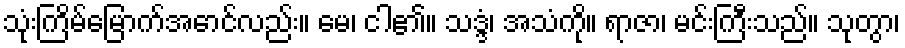
သုံးကြိမ်မြောက်အောင်လည်း။ မေ၊ ငါ၏။ သဒ္ဒံ၊ အသံကို။ ရာဇာ၊ မင်းကြီးသည်။ သုတွာ၊